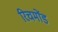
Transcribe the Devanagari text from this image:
रिचमोंड